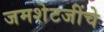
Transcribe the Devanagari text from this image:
जमशेटजींचे